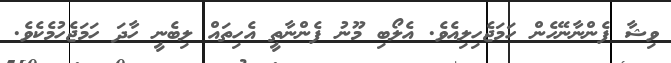
ވިޝާ ފެންނާނޭހެން ހަމަޖެހިލިއެވެ. އެލޯބި މޫނު ފެންނާތީ އެހިތައް ލިބެނީ ހާދަ ހަމަޖެހުމެކެވެ.